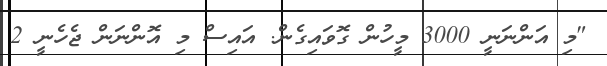
"މި އަންނަނީ 3000 މީހުން ގޮވައިގެން. އައިސް މި އޮންނަން ޖެހެނީ 2